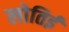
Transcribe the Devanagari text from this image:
लोतिई